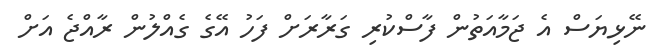
ނޭޅިޔަސް އެ ޖަމާއަތުން ފާސްކުރި ގަރާރަށް ފަހު އޭގެ ގެއްލުން ރާއްޖެ އަށް